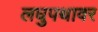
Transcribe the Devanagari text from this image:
लघुपथावर